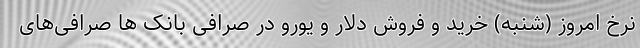
نرخ امروز (شنبه) خرید و فروش دلار و یورو در صرافی بانک ها صرافی‌های